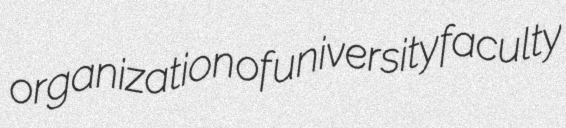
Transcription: organization of university faculty